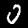
Digit: 0